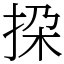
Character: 挅